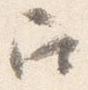
召